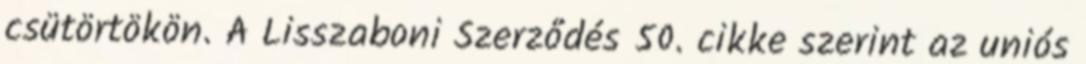
csütörtökön. A Lisszaboni Szerződés 50. cikke szerint az uniós